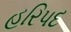
હરિપદ